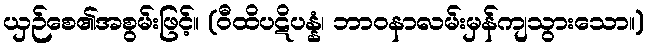
ယှဉ်စေ၏အစွမ်းဖြင့်။ (ဝီထိပဋိပန္နံ၊ ဘာဝနာလမ်းမှန်ကျသွားသော။)